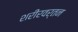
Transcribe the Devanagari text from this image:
शरीरवर्तन